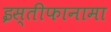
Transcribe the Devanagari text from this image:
इस्तीफानामा